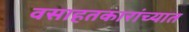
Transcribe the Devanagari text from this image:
वसाहतकारांच्यात